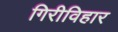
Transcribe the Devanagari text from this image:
गिरीविहार